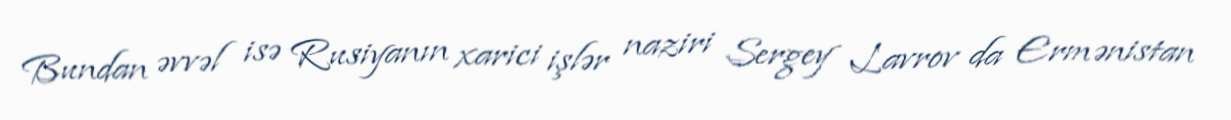
Bundan əvvəl isə Rusiyanın xarici işlər naziri Sergey Lavrov da Ermənistan